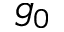
g _ { 0 }